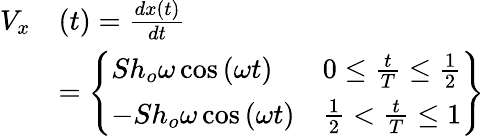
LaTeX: \begin{array}{rl}{V_{x}}&{(t)=\frac{dx(t)}{dt}}\\ &{=\left\lbrace\begin{array}{ll}{Sh_{o}\omega\cos\left(\omega t\right)}&{0\leq\frac{t}{T}\leq\frac{1}{2}}\\ {-Sh_{o}\omega\cos\left(\omega t\right)}&{\frac{1}{2}<\frac{t}{T}\leq 1}\end{array}\right\rbrace}\end{array}